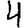
Digit: 4